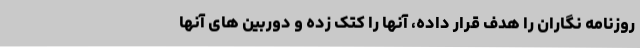
روزنامه نگاران را هدف قرار داده، آنها را کتک زده و دوربین های آنها